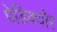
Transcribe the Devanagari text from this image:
पेडिक्‍योर